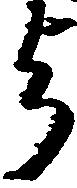
与